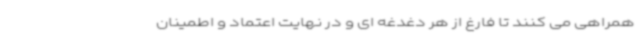
همراهی می کنند تا فارغ از هر دغدغه ای و در نهایت اعتماد و اطمینان